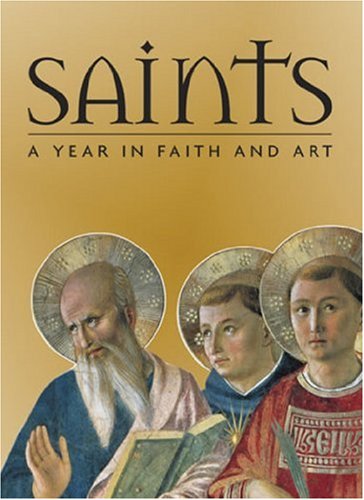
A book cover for Saints: A Year in Faith and Art; Rosa Giorgi; Arts & Photography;